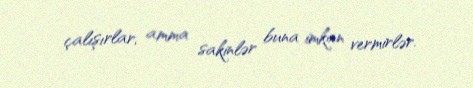
çalışırlar, amma sakinlər buna imkan vermirlər.